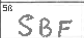
Transcription: SBF